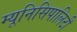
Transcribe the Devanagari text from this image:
म्यूनिसिपालिटी